Indian journal of veterinary science and animal husbandry - Volume 3,
Year: 1933
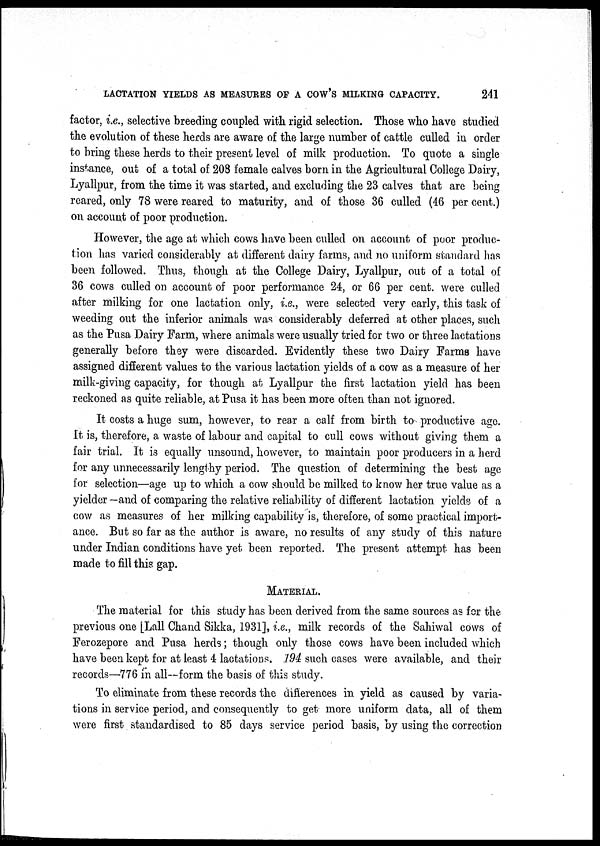
LACTATION YIELDS AS MEASURES OF A COW'S MILKING CAPACITY.
241
factor, i.e., selective breeding coupled with rigid selection. Those who have studied
the evolution of these herds are aware of the large number of cattle culled in order
to bring these herds to their present level of milk production. To quote a single
instance, out of a total of 208 female calves born in the Agricultural College Dairy,
Lyallpur, from the time it was started, and excluding the 23 calves that are being
reared, only 78 were reared to maturity, and of those 36 culled (46 per cent.)
on account of poor production.
However, the age at which cows have been culled on account of poor produc-
tion has varied considerably at different dairy farms, and no uniform standard has
been followed. Thus, though at the College Dairy, Lyallpur, out of a total of
36 cows culled on account of poor performance 24, or 66 per cent. were culled
after milking for one lactation only, i.e., were selected very early, this task of
weeding out the inferior animals was considerably deferred at other places, such
as the Pusa Dairy Farm, where animals were usually tried for two or three lactations
generally before they were discarded. Evidently these two Dairy Farms have
assigned different values to the various lactation yields of a cow as a measure of her
milk-giving capacity, for though at Lyallpur the first lactation yield has been
reckoned as quite reliable, at Pusa it has been more often than not ignored.
It costs a huge sum, however, to rear a calf from birth to productive age.
It is, therefore, a waste of labour and capital to cull cows without giving them a
fair trial. It is equally unsound, however, to maintain poor producers in a herd
for any unnecessarily lengthy period. The question of determining the best age
for selection—age up to which a cow should be milked to know her true value as a
yielder —and of comparing the relative reliability of different lactation yields of a
cow as measures of her milking capability is, therefore, of some practical import-
ance. But so far as the author is aware, no results of any study of this nature
under Indian conditions have yet been reported. The present attempt has been
made to fill this gap.
MATERIAL.
The material for this study has been derived from the same sources as for the
previous one [Lall Chand Sikka, 1931], i.e., milk records of the Sahiwal cows of
Ferozepore and Pusa herds; though only those cows have been included which
have been kept for at least 4 lactations. 194 such cases were available, and their
records—776 in all—form the basis of this study.
To eliminate from these records the differences in yield as caused by varia-
tions in service period, and consequently to get more uniform data, all of them
were first standardised to 85 days service period basis, by using the correction